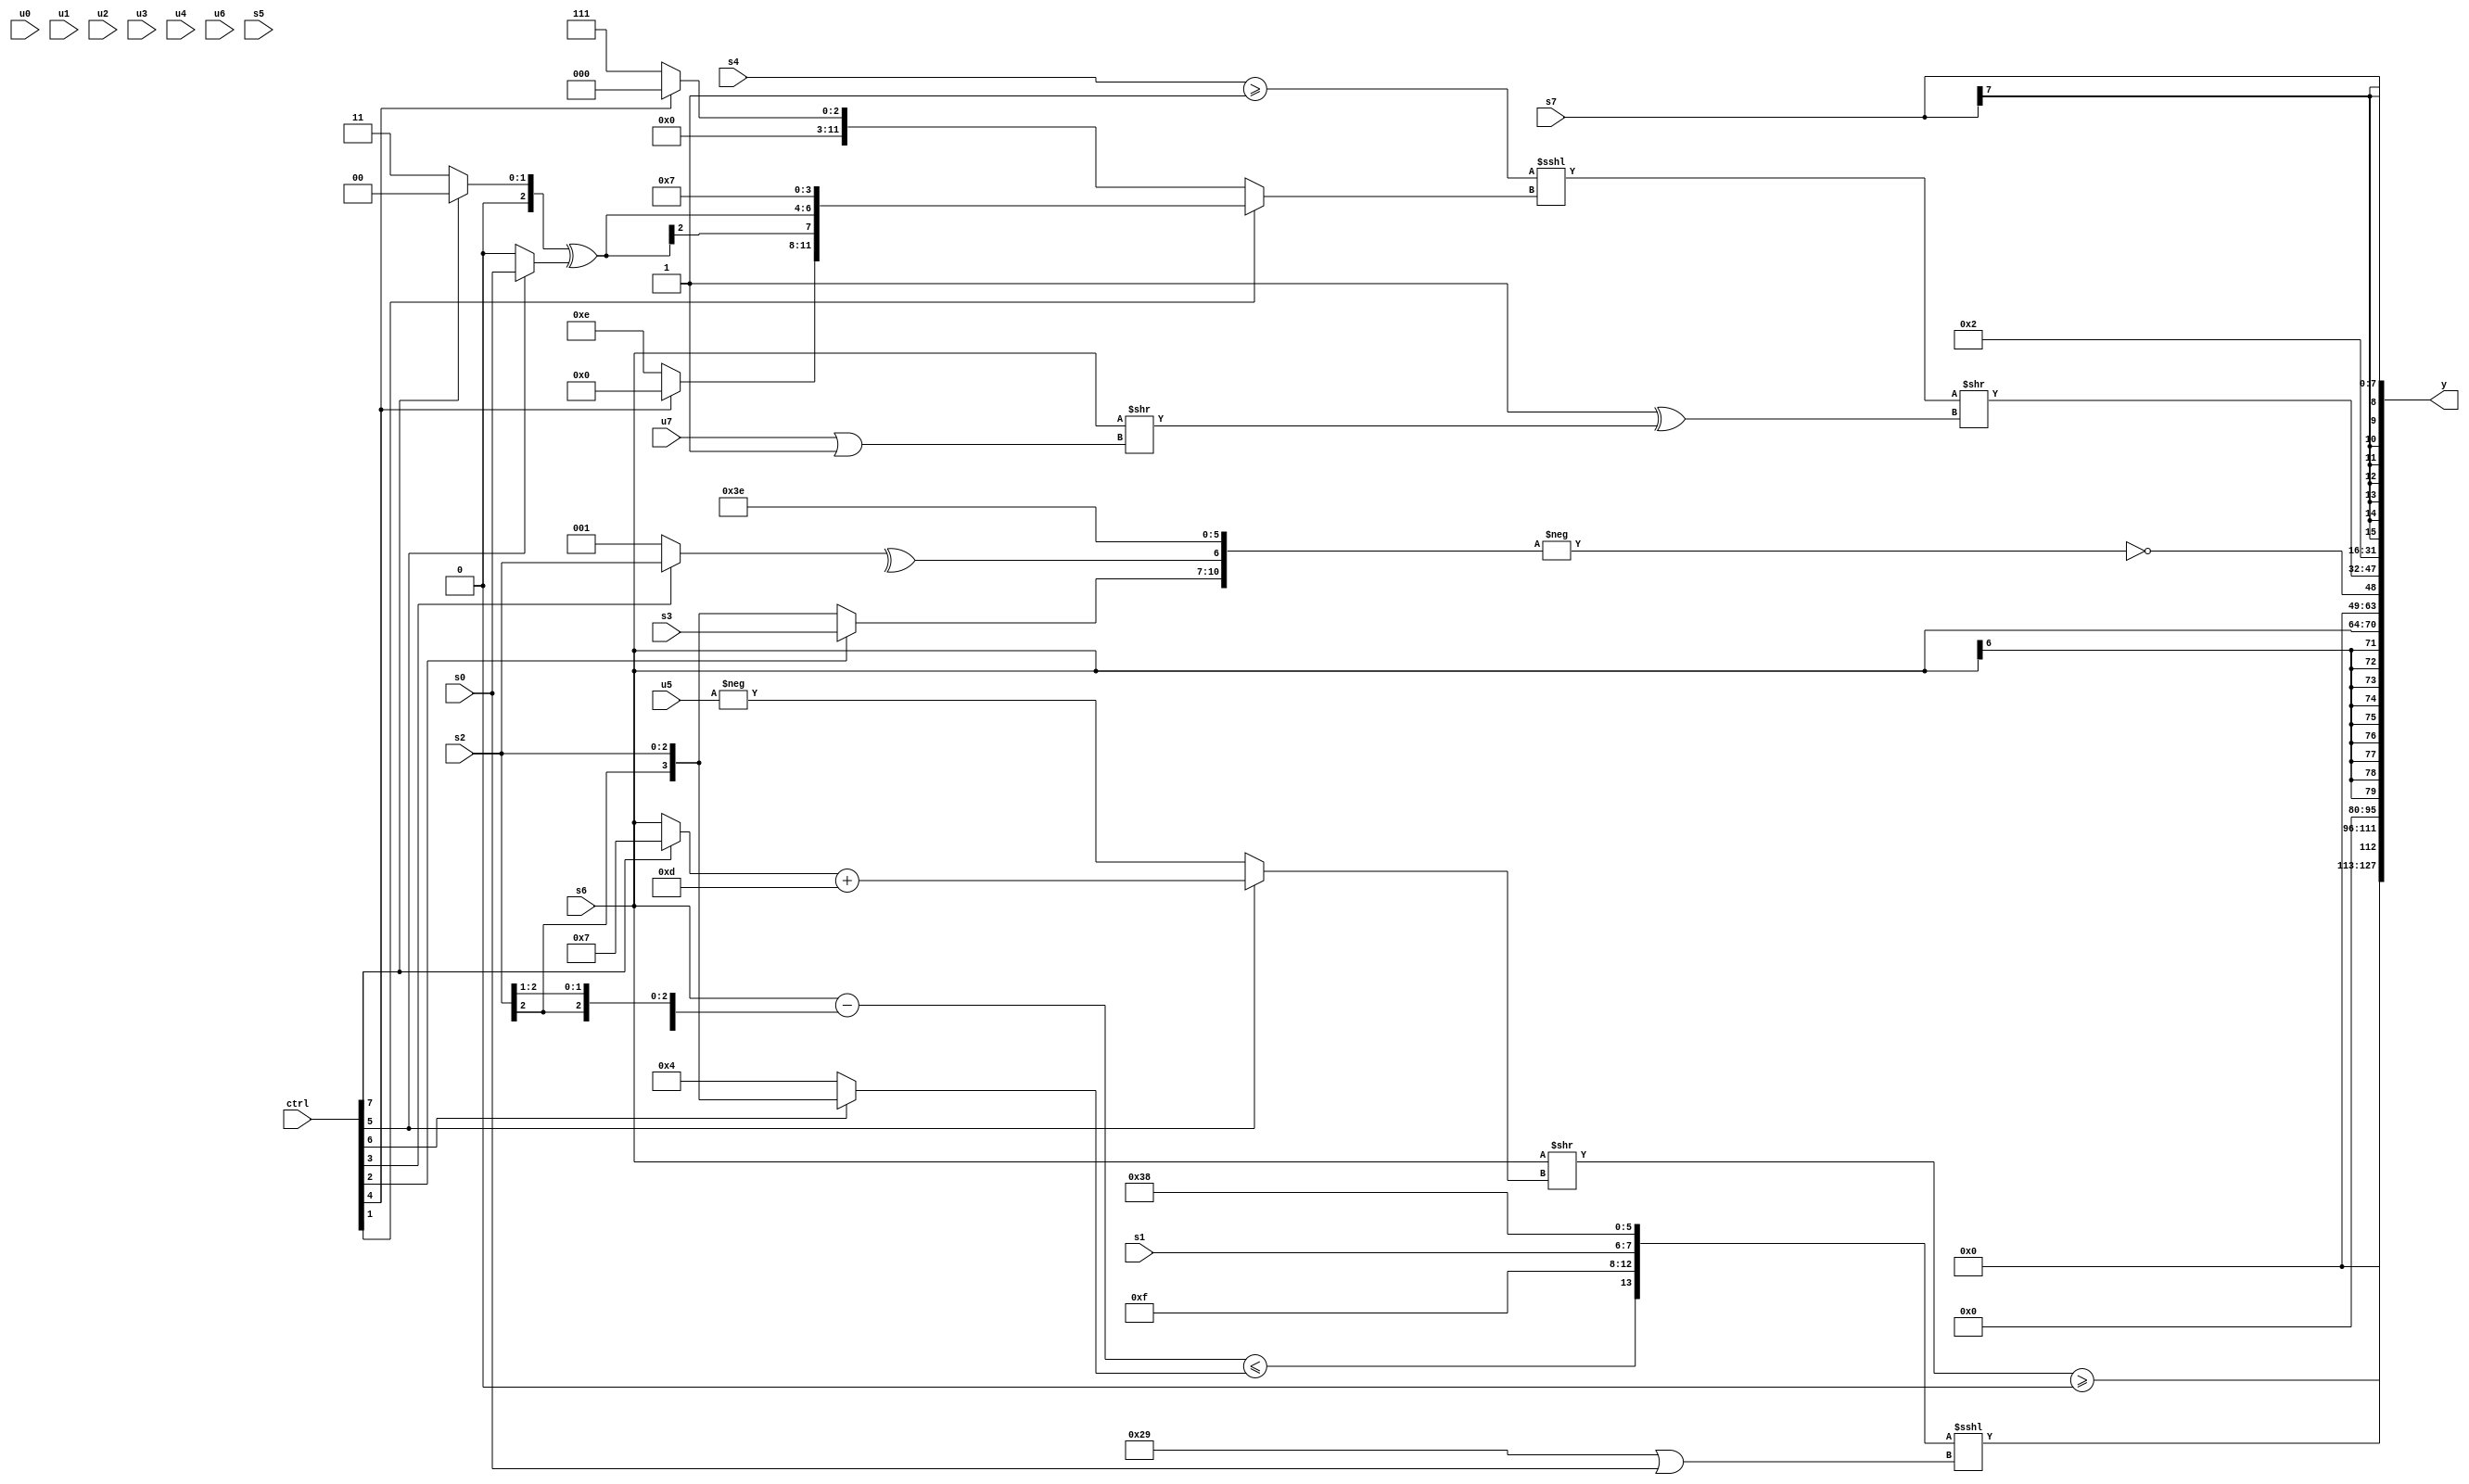
module wideexpr_00595(ctrl, u0, u1, u2, u3, u4, u5, u6, u7, s0, s1, s2, s3, s4, s5, s6, s7, y);
  input [7:0] ctrl;
  input [0:0] u0;
  input [1:0] u1;
  input [2:0] u2;
  input [3:0] u3;
  input [4:0] u4;
  input [5:0] u5;
  input [6:0] u6;
  input [7:0] u7;
  input signed [0:0] s0;
  input signed [1:0] s1;
  input signed [2:0] s2;
  input signed [3:0] s3;
  input signed [4:0] s4;
  input signed [5:0] s5;
  input signed [6:0] s6;
  input signed [7:0] s7;
  output [127:0] y;
  wire [15:0] y0;
  wire [15:0] y1;
  wire [15:0] y2;
  wire [15:0] y3;
  wire [15:0] y4;
  wire [15:0] y5;
  wire [15:0] y6;
  wire [15:0] y7;
  assign y = {y0,y1,y2,y3,y4,y5,y6,y7};
  assign y0 = (($signed($signed(s6)))>>((ctrl[5]?((ctrl[7]?5'sb00111:(s6)<<<({4{($unsigned(s5))>>(5'sb00110)}})))+(4'sb1101):-(u5))))>=(3'sb000);
  assign y1 = ({((+(s6))-((s2)>>(1'b1)))<=((ctrl[6]?s2:4'sb0100)),$signed($signed({1{5'sb01111}})),s1,$signed((6'sb111000)>>>(!(4'sb0001)))})<<<((6'b101001)|(s0));
  assign y2 = $signed(1'sb0);
  assign y3 = s6;
  assign y4 = {!(-({(ctrl[2]?$signed(s3):s2),^((ctrl[3]?s2:2'sb01)),6'sb111110}))};
  assign y5 = ((+((s4)>=($signed((1'b1)<=(5'sb11110)))))<<<((ctrl[1]?{(ctrl[4]?+(2'b00):+(6'sb001110)),((ctrl[7]?2'sb00:4'sb0011))^((ctrl[5]?s0:1'sb0)),4'b0111}:(ctrl[4]?2'b00:$signed(3'b111)))))>>(+((1'sb1)^(($signed(s6))>>($signed((u7)|(1'sb1))))));
  assign y6 = 6'sb000010;
  assign y7 = $signed(s7);
endmodule